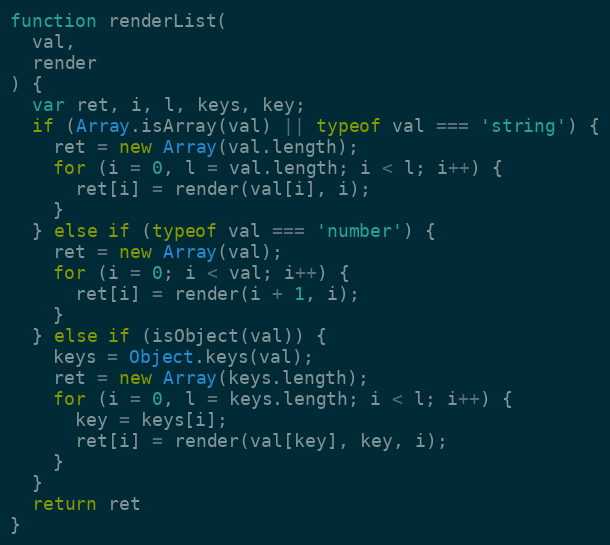
Language: JavaScript
function renderList(
  val,
  render
) {
  var ret, i, l, keys, key;
  if (Array.isArray(val) || typeof val === 'string') {
    ret = new Array(val.length);
    for (i = 0, l = val.length; i < l; i++) {
      ret[i] = render(val[i], i);
    }
  } else if (typeof val === 'number') {
    ret = new Array(val);
    for (i = 0; i < val; i++) {
      ret[i] = render(i + 1, i);
    }
  } else if (isObject(val)) {
    keys = Object.keys(val);
    ret = new Array(keys.length);
    for (i = 0, l = keys.length; i < l; i++) {
      key = keys[i];
      ret[i] = render(val[key], key, i);
    }
  }
  return ret
}